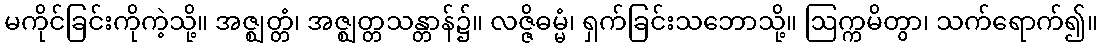
မကိုင်ခြင်းကိုကဲ့သို့။ အဇ္ဈတ္တံ၊ အဇ္ဈတ္တသန္တာန်၌။ လဇ္ဇိဓမ္မံ၊ ရှက်ခြင်းသဘောသို့။ ဩက္ကမိတွာ၊ သက်ရောက်၍။